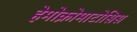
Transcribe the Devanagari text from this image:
हेमोक्रोमाटोसिस